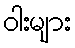
ဝါးများ